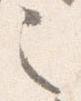
之